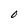
Character: o